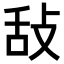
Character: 𢼤